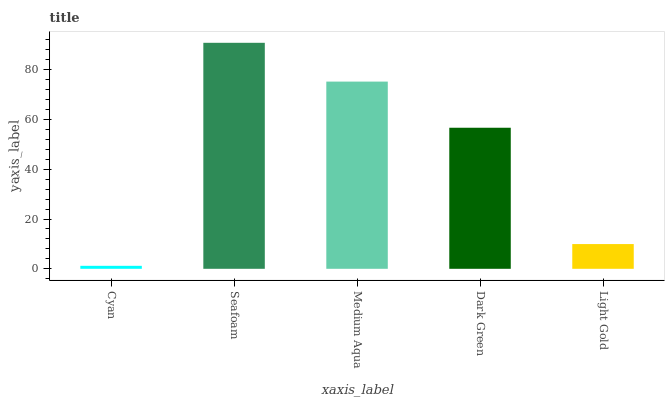
| xaxis_label | bars |
 | --- | --- |
 | Cyan | 1.2 |
 | Seafoam | 90.8 |
 | Medium Aqua | 75.2 |
 | Dark Green | 56.7 |
 | Light Gold | 9.95 |